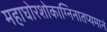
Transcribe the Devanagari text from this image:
महाघोरशोकाग्निनातप्यमानं